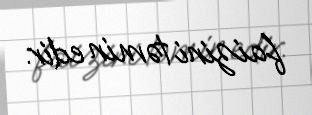
faizini təmin edir.